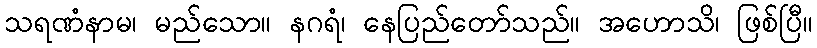
သရဏံနာမ၊ မည်သော။ နဂရံ၊ နေပြည်တော်သည်။ အဟောသိ၊ ဖြစ်ပြီ။